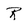
Character: r